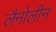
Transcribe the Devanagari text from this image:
लैनोलीन